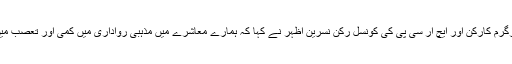
انسانی حقوق کی سرگرم کارکن اور ایچ آر سی پی کی کونسل رکن نسرین اظہر نے کہا کہ ہمارے معاشرے میں مذہبی رواداری میں کمی اور تعصب میں اضافہ ہورہا ہے ۔